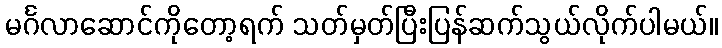
မင်္ဂလာဆောင်ကိုတော့ရက် သတ်မှတ်ပြီးပြန်ဆက်သွယ်လိုက်ပါမယ်။